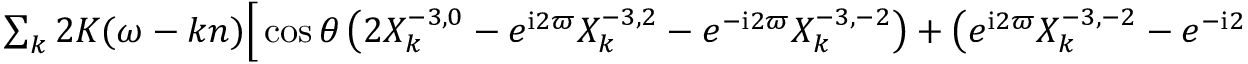
\begin{array} { r l r } { \left\langle - \frac { I _ { 2 3 } } { 2 } \sin \theta \, \frac { \sin 2 w } { r ^ { 3 } } \right\rangle _ { M } = \frac { m _ { 0 } R ^ { 5 } } { 3 2 i a ^ { 6 } } \sin ^ { 2 } \theta } & { { } } & { } \\ { \sum _ { k } 2 K ( \omega - k n ) \Big [ \cos \theta \left( 2 X _ { k } ^ { - 3 , 0 } - e ^ { \mathrm { i } 2 \varpi } X _ { k } ^ { - 3 , 2 } - e ^ { - \mathrm { i } 2 \varpi } X _ { k } ^ { - 3 , - 2 } \right) + \left( e ^ { \mathrm { i } 2 \varpi } X _ { k } ^ { - 3 , - 2 } - e ^ { - \mathrm { i } 2 \varpi } X _ { k } ^ { - 3 , 2 } \right) \Big ] \left( e ^ { \mathrm { i } 2 \varpi } X _ { - k } ^ { - 3 , 2 } - e ^ { - \mathrm { i } 2 \varpi } X _ { - k } ^ { - 3 , - 2 } \right) } \end{array}